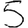
Digit: 5